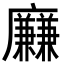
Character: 𢌍